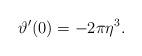
LaTeX: \begin{align*}\vartheta' (0) =-2 \pi \eta^3 .\end{align*}